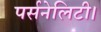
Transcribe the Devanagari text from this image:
पर्सनेलिटी।